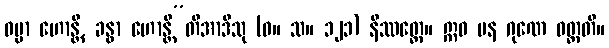
ဓမ္မာ ဟောန္တိ, ခန္ဓာ ဟောန္တီ”တိအာဒီသု (ဓ။ သ။ ၁၂၁) နိဿတ္တေ။ ဣဓ ပန ဂုဏေ ဝတ္တတိ။